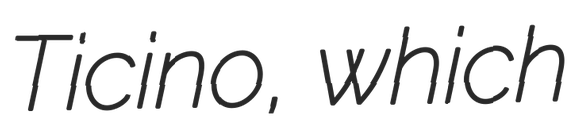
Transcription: Ticino, which